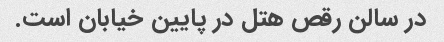
در سالن رقص هتل در پایین خیابان است.